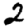
Digit: 2